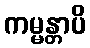
ကမ္မန္တာပိ